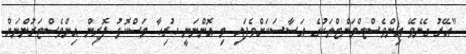
"އޭރު ގެނެވޭ އިންވެސްޓްމަންޓްތަކުގެ އަސާސަކަށްވެފައި މި އޮންނަނީ ހުރިހާ މަސްކޮޅު ފޮރިން އިންވެސްޓަރުންނަށް